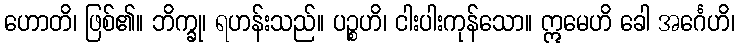
ဟောတိ၊ ဖြစ်၏။ ဘိက္ခု၊ ရဟန်းသည်။ ပဉ္စဟိ၊ ငါးပါးကုန်သော။ ဣမေဟိ ခေါ အင်္ဂေဟိ၊